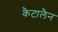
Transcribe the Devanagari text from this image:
कैटालैन